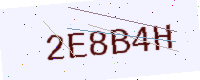
Text: 2E8B4H